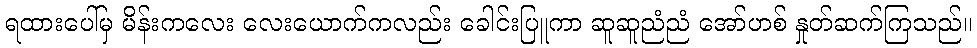
ရထားပေါ်မှ မိန်းကလေး လေးယောက်ကလည်း ခေါင်းပြူကာ ဆူဆူညံညံ အော်ဟစ် နှုတ်ဆက်ကြသည်။